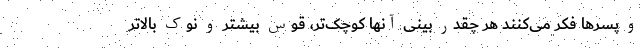
و پسرها فکر می‌کنند هر چقدر بینی آنها کوچک‌تر، قوس بیشتر و نوک بالاتر